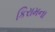
કિરામના